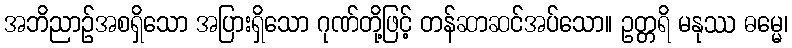
အဘိညာဉ်အစရှိသော အပြားရှိသော ဂုဏ်တို့ဖြင့် တန်ဆာဆင်အပ်သော။ ဥတ္တရိ မနုဿ ဓမ္မေ၊